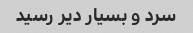
سرد و بسیار دیر رسید